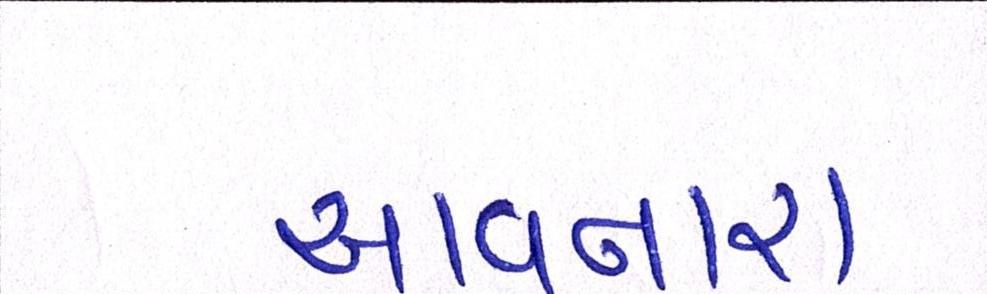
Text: આવનારા